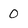
Character: 0